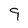
Character: 9